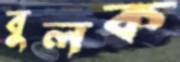
বুলক